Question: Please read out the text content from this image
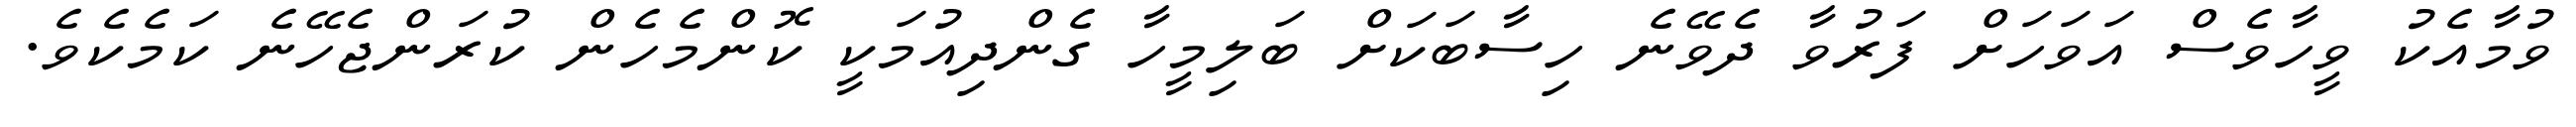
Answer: ވުމާއެކު ވީހާވެސް އަވަހަށް ފަރުވާ ދެވޭނެ ހިސާބަކަށް ބަލިމީހާ ގެންދިއުމަކީ ކޮންމެހެން ކުރަންޖެހޭނެ ކަމެކެވެ.